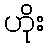
ဟိုး